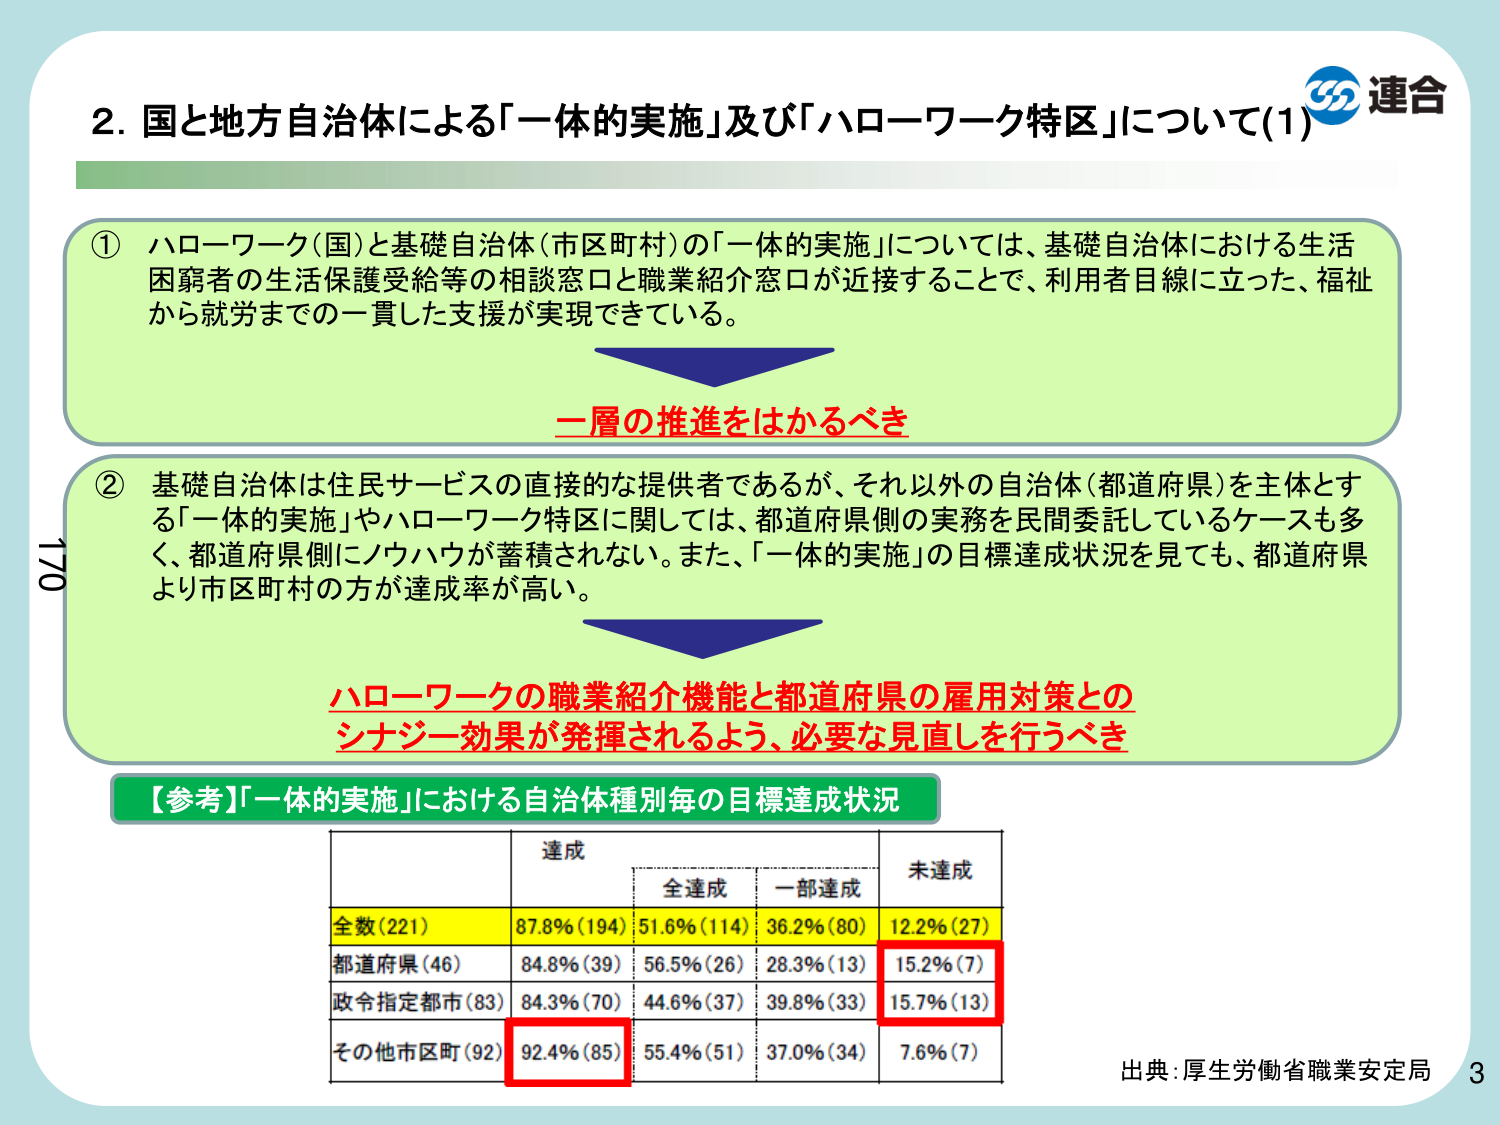
2. 国と地方自治体による「一体的実施」及び「ハローワーク特区」について(1)

① ハローワーク(国)と基礎自治体(市区町村)の「一体的実施」については、基礎自治体における生活困窮者の生活保護受給等の相談窓口と職業紹介窓口が近接することで、利用者目線に立った、福祉から就労までの一貫した支援が実現できている。

一層の推進をはかるべき

② 基礎自治体は住民サービスの直接的な提供者であるが、それ以外の自治体(都道府県)を主体とする「一体的実施」やハローワーク特区に関しては、都道府県側の実務を民間委託しているケースも多く、都道府県側にノウハウが蓄積されない。また、「一体的実施」の目標達成状況を見ても、都道府県より市区町村の方が達成率が高い。

ハローワークの職業紹介機能と都道府県の雇用対策とのシナジー効果が発揮されるよう、必要な見直しを行うべき

【参考】「一体的実施」における自治体種別毎の目標達成状況

| | 達成 | | 未達成 |
|---|---|---|---|
| | | 全達成 | 一部達成 | |
| 全数(221) | 87.8%(194) | 51.6%(114) | 36.2%(80) | 12.2%(27) |
| 都道府県(46) | 84.8%(39) | 56.5%(26) | 28.3%(13) | 15.2%(7) |
| 政令指定都市(83) | 84.3%(70) | 44.6%(37) | 39.8%(33) | 15.7%(13) |
| その他市区町(92) | 92.4%(85) | 55.4%(51) | 37.0%(34) | 7.6%(7) |

出典:厚生労働省職業安定局

連合

170

3